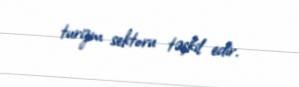
turizm sektoru təşkil edir.